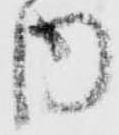
内